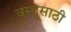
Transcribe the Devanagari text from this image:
वस्तूसाठी